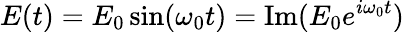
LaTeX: E(t)=E_{0}\sin(\omega_{0}t)=\operatorname{Im}(E_{0}e^{i\omega_{0}t})